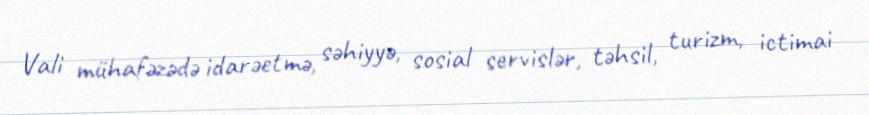
Vali mühafəzədə idarəetmə, səhiyyə, sosial servislər, təhsil, turizm, ictimai